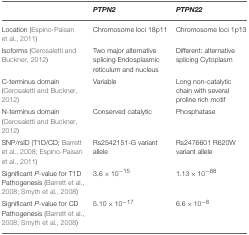
<table><thead><tr><td></td><td><b><i>PTPN2</i></b></td><td><b><i>PTPN22</i></b></td></tr></thead><tbody><tr><td>Location (Espino-Paisan et al., 2011)</td><td>Chromosome loci 18p11</td><td>Chromosome loci 1p13</td></tr><tr><td>Isoforms (Cerosaletti and Buckner, 2012)</td><td>Two major alternative splicing Endosplasmic reticulum and nucleus</td><td>Different: alternative splicing Cytoplasm</td></tr><tr><td>C-terminus domain (Cerosaletti and Buckner, 2012)</td><td>Variable</td><td>Long non-catalytic chain with several proline rich motif</td></tr><tr><td>N-terminus domain (Cerosaletti and Buckner, 2012)</td><td>Conserved catalytic</td><td>Phosphatase</td></tr><tr><td>SNP/rsID (T1D/CD; Barrett et al., 2008; Espino-Paisan et al., 2011)</td><td>Rs2542151-G variant allele</td><td>Rs2476601 R620W variant allele</td></tr><tr><td>Significant <i>P</i>-value for T1D Pathogenesis (Barrett et al., 2008; Smyth et al., 2008)</td><td>3.6 × 10<sup>−15</sup></td><td>1.13 × 10<sup>−88</sup></td></tr><tr><td>Significant <i>P</i>-value for CD Pathogenesis (Barrett et al., 2008; Smyth et al., 2008)</td><td>5.10 × 10<sup>−17</sup></td><td>6.6 × 10<sup>−6</sup></td></tr></tbody></table>